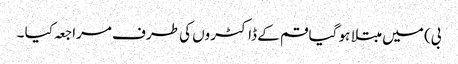
بی) میں مبتلا ہو گیا قم کے ڈاکٹروں کی طرف مراجعہ کیا ۔